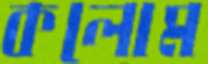
কলোম